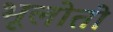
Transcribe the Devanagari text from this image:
भूलोतो